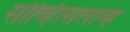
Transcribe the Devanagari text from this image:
सोव्हित्सलाव्ह